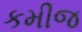
કમીજ